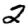
Digit: 2